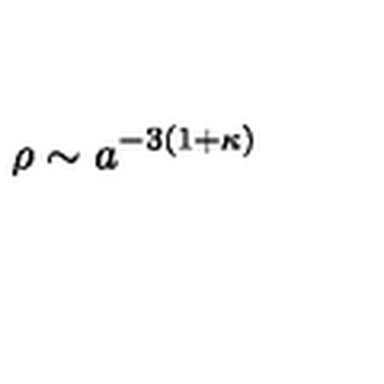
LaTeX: \rho \sim a ^ { - 3 ( 1 + \kappa ) }